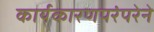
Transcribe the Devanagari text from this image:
कार्यकारणपरंपरेने